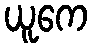
ယူကေ